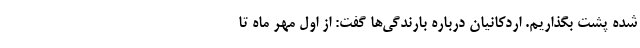
شده پشت بگذاریم. اردکانیان درباره بارندگی‌ها گفت: از اول مهر ماه تا